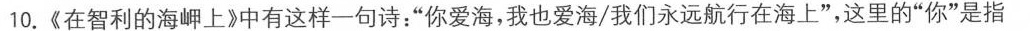
10.《在智利的海岬上》中有这样一句诗:“你爱海,我也爱海/我们永远航行在海上”,这里的“你”是指